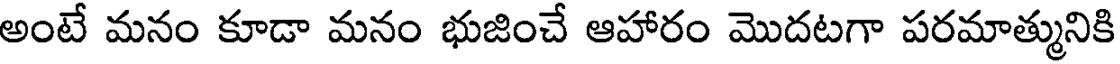
అంటే మనం కూడా మనం భుజించే ఆహారం మొదటగా పరమాత్మునికి